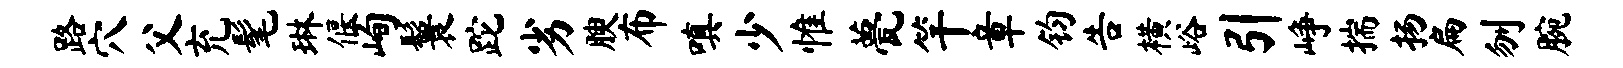
路穴父充髦琳偃峋鬟跎劣腴布嗔少惟甍竿章钧告横峪引峥揣扬扁刎腕